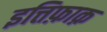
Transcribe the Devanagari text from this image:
इत्तिफ़ाक़